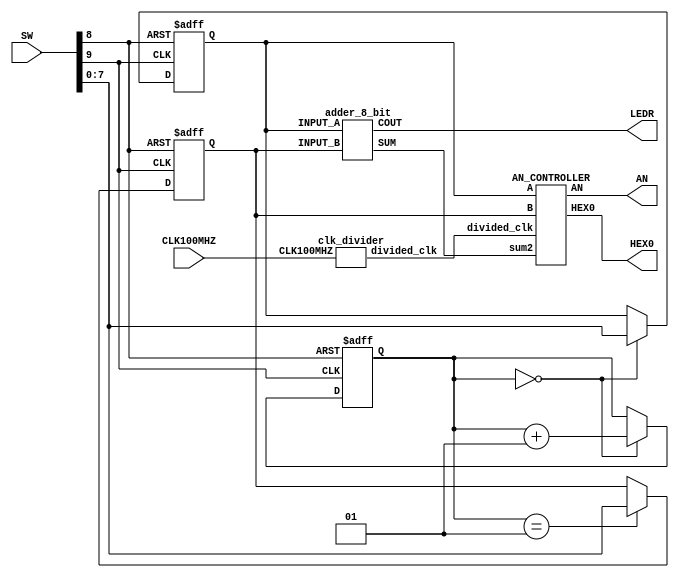
`timescale 1ns / 1ps

module Lab3_Part5_2(SW,CLK100MHZ,LEDR, HEX0, AN);
    input [9:0] SW;
    input CLK100MHZ;
    output LEDR;
    output [0:6] HEX0;
    output [7:0] AN;
    
    wire CLK;
    wire reset;
    wire [7:0] SUM;
    wire COUT;
    reg [7:0] INPUT_Q;
    reg [7:0]  INPUT_A,INPUT_B;
    wire [7:0] A ,B,sum2 ;
    wire [0:6] HEX0;
    wire [7:0] AN;
    wire divided_clk;
   
    integer cnt = 0;
    
    assign CLK = SW[9];
    assign reset = SW[8];
   
    always @(posedge CLK or negedge reset) 
    begin 
        if(!reset) begin
        INPUT_A <= 8'b00000000;
        INPUT_B <= 8'b00000000;
        cnt <= 0;
        end 
        else
        begin 
            if(cnt == 0 ) begin
                INPUT_A <= SW[7:0];  //A
                cnt <= cnt + 1 ;  end
                INPUT_Q <= INPUT_A;
            if (cnt == 1 ) begin
                INPUT_B <= SW[7:0]; //B 
                INPUT_Q <= INPUT_B;
                end
        end 
    end 
    
    assign A = INPUT_A;
    assign B = INPUT_B;
    
    clk_divider module1 (CLK100MHZ,divided_clk );
    adder_8_bit module2(INPUT_A,INPUT_B,SUM,COUT);
    assign sum2 = SUM;
    AN_CONTROLLER module3 (divided_clk,A,B,sum2,HEX0,AN);
    assign LEDR = COUT;
endmodule

module adder_8_bit(INPUT_A,INPUT_B,SUM, COUT);
    input [7:0] INPUT_A;
    input [7:0] INPUT_B ;
    output [7:0] SUM;
    output COUT ;
    
    wire OUT0,OUT1,OUT2,OUT3,OUT4,OUT5,OUT6,OUT7;
    wire CIN,COUT0,COUT1,COUT2,COUT3,COUT4,COUT5,COUT6;
       
   assign CIN = 1'b0;
   
    assign OUT0 = (INPUT_A[0] ^ INPUT_B[0])^ CIN;
    assign COUT0 = (INPUT_A[0] && INPUT_B[0]) || ((INPUT_A[0] ^ INPUT_B[0]) && CIN);
    assign OUT1 = (INPUT_A[1] ^ INPUT_B[1])^ COUT0;
    assign COUT1 = (INPUT_A[1] && INPUT_B[1]) || ((INPUT_A[1] ^ INPUT_B[1]) && COUT0);
    assign OUT2 = (INPUT_A[2] ^ INPUT_B[2])^ COUT1;
    assign COUT2 = (INPUT_A[2] && INPUT_B[2]) || ((INPUT_A[2] ^ INPUT_B[2]) && COUT1);
    assign OUT3 = (INPUT_A[3] ^INPUT_B[3])^ COUT2;
    assign COUT3 = (INPUT_A[3] && INPUT_B[3]) || ((INPUT_A[3] ^ INPUT_B[3]) && COUT2);
    assign OUT4 = (INPUT_A[4] ^ INPUT_B[4] ^ COUT3);
    assign COUT4 = (INPUT_A[4] && INPUT_B[4]) || ((INPUT_A[4] ^INPUT_B[4])&& COUT3);
    assign OUT5 = (INPUT_A[5] ^ INPUT_B[5])^ COUT4;
    assign COUT5 = (INPUT_A[5] && INPUT_B[5]) || ((INPUT_A[5] ^ INPUT_B[5]) && COUT4);
    assign OUT6 = (INPUT_A[6] ^ INPUT_B[6])^ COUT5;
    assign COUT6 = (INPUT_A[6] && INPUT_B[6]) || ((INPUT_A[6] ^ INPUT_B[6]) && COUT5);
    assign OUT7 = (INPUT_A[7] ^ INPUT_B[7])^ COUT6;
    assign COUT = (INPUT_A[7] && INPUT_B[7]) || ((INPUT_A[7] ^ INPUT_B[7]) && COUT6);      
          
    assign SUM[0]= OUT0;
    assign SUM[1]= OUT1;
    assign SUM[2]= OUT2;
    assign SUM[3]= OUT3;
    assign SUM[4]= OUT4;
    assign SUM[5]= OUT5;
    assign SUM[6]= OUT6;
    assign SUM[7]= OUT7;
endmodule 

module AN_CONTROLLER (divided_clk,A,B,sum2, HEX0,AN );
    input divided_clk;
    input [7:0] A;
    input [7:0] B;
    input [7:0] sum2;
    output [0:6] HEX0;
    output [7:0] AN ; 
    
    reg [7:0] ANN;
    reg [0:6]HEXX;
    reg [2:0] COUNT = 3'b000 ;
    
    wire [3:0] A_PART1 ,A_PART2,B_PART1,B_PART2,SUM_PART1,SUM_PART2;
    
    assign A_PART1 = A[7:4] ;
    assign A_PART2 = A[3:0] ;
    assign B_PART1 = B[7:4] ;
    assign B_PART2 = B[3:0] ;
    assign SUM_PART1 = sum2[7:4] ;
    assign SUM_PART2 = sum2[3:0] ;

    always @ ( posedge divided_clk) begin
            if(COUNT  == 3'b000) begin 
            ANN <= 8'b11011111;
            HEXX = (A_PART1 == 4'b0000) ? 7'b0000001:
                  (A_PART1 == 4'b0001) ? 7'b1001111:
                  (A_PART1 == 4'b0010) ? 7'b0010010:
                  (A_PART1 == 4'b0011) ? 7'b0000110:
                  (A_PART1 == 4'b0100) ? 7'b1001100:
                  (A_PART1 == 4'b0101) ? 7'b0100100:
                  (A_PART1 == 4'b0110) ? 7'b0100000:
                  (A_PART1 == 4'b0111) ? 7'b0001111:
                  (A_PART1 == 4'b1000) ? 7'b0000000:
                  (A_PART1 == 4'b1001) ?  7'b0000100:
                  (A_PART1 == 4'b1010) ? 7'b0001000: //10 A
                  (A_PART1 == 4'b1011) ? 7'b1100000: //11 d
                  (A_PART1 == 4'b1100) ? 7'b0110001:  //12 C
                  (A_PART1 == 4'b1101) ? 7'b1000010:  //13 d
                  (A_PART1 == 4'b1110) ? 7'b0110000:  //14 E
                 (A_PART1 == 4'b1111) ? 7'b0111000:  //15 F
                  7'bX; end   
       if(COUNT == 3'b001) begin 
       ANN <= 8'b11101111;
       HEXX = (A_PART2 == 4'b0000) ? 7'b0000001:
              (A_PART2 == 4'b0001) ? 7'b1001111:
              (A_PART2 == 4'b0010) ? 7'b0010010:
              (A_PART2 == 4'b0011) ? 7'b0000110:
              (A_PART2 == 4'b0100) ? 7'b1001100:
              (A_PART2 == 4'b0101) ? 7'b0100100:
             (A_PART2 == 4'b0110) ? 7'b0100000:
             (A_PART2 == 4'b0111) ? 7'b0001111: 
              (A_PART2 == 4'b1000) ? 7'b0000000:
              (A_PART2 == 4'b1001) ?  7'b0000100: 
              (A_PART2 == 4'b1010) ? 7'b0001000: //10 A
               (A_PART2 == 4'b1011) ? 7'b1100000: //11 d
               (A_PART2 == 4'b1100) ? 7'b0110001:  //12 C
               (A_PART2 == 4'b1101) ? 7'b1000010:  //13 d
               (A_PART2== 4'b1110) ? 7'b0110000:  //14 E
               (A_PART2 == 4'b1111) ? 7'b0111000:  //15 F
              7'bX;  end                       
       if(COUNT == 3'b010) begin 
        ANN <= 8'b11110111;
        HEXX = (B_PART1  == 4'b0000) ? 7'b0000001:
               (B_PART1  == 4'b0001) ? 7'b1001111:
               (B_PART1  == 4'b0010) ? 7'b0010010:
               (B_PART1  == 4'b0011) ? 7'b0000110:
               (B_PART1  == 4'b0100) ? 7'b1001100:
               (B_PART1  == 4'b0101) ? 7'b0100100:
               (B_PART1  == 4'b0110) ? 7'b0100000:
               (B_PART1  == 4'b0111) ? 7'b0001111: 
               (B_PART1  == 4'b1000) ? 7'b0000000:
               (B_PART1  == 4'b1001) ?  7'b0000100: 
               (B_PART1  == 4'b1010) ? 7'b0001000: //10 A
               (B_PART1  == 4'b1011) ? 7'b1100000: //11 d
               (B_PART1  == 4'b1100) ? 7'b0110001:  //12 C
               (B_PART1  == 4'b1101) ? 7'b1000010:  //13 d
               (B_PART1 == 4'b1110) ? 7'b0110000:  //14 E
               (B_PART1  == 4'b1111) ? 7'b0111000:  //15 F
                7'bX; end                                              
       if(COUNT == 3'b011) begin 
         ANN <= 8'b11111011;
         HEXX = (B_PART2  == 4'b0000) ? 7'b0000001:
                (B_PART2   == 4'b0001) ? 7'b1001111:
                (B_PART2   == 4'b0010) ? 7'b0010010:
                (B_PART2    == 4'b0011) ? 7'b0000110:
                (B_PART2    == 4'b0100) ? 7'b1001100:
                (B_PART2    == 4'b0101) ? 7'b0100100:
                (B_PART2    == 4'b0110) ? 7'b0100000:
                (B_PART2    == 4'b0111) ? 7'b0001111: 
                (B_PART2    == 4'b1000) ? 7'b0000000:
                (B_PART2    == 4'b1001) ?  7'b0000100: 
                (B_PART2    == 4'b1010) ? 7'b0001000: //10 A
                (B_PART2    == 4'b1011) ? 7'b1100000: //11 d
                (B_PART2   == 4'b1100) ? 7'b0110001:  //12 C
                (B_PART2    == 4'b1101) ? 7'b1000010:  //13 d
                (B_PART2  == 4'b1110) ? 7'b0110000:  //14 E
                (B_PART2    == 4'b1111) ? 7'b0111000:  //15 F
               7'bX; end                                                   
       if(COUNT == 3'b100) begin 
          ANN <= 8'b11111101;
          HEXX = (SUM_PART1  == 4'b0000) ? 7'b0000001:
                  (SUM_PART1   == 4'b0001) ? 7'b1001111:
                  (SUM_PART1   == 4'b0010) ? 7'b0010010:
                  (SUM_PART1     == 4'b0011) ? 7'b0000110:
                  (SUM_PART1     == 4'b0100) ? 7'b1001100:
                  (SUM_PART1     == 4'b0101) ? 7'b0100100:
                  (SUM_PART1    == 4'b0110) ? 7'b0100000:
                  (SUM_PART1    == 4'b0111) ? 7'b0001111: 
                  (SUM_PART1     == 4'b1000) ? 7'b0000000:
                  (SUM_PART1     == 4'b1001) ?  7'b0000100: 
                   (SUM_PART1     == 4'b1010) ? 7'b0001000: //10 A
                   (SUM_PART1     == 4'b1011) ? 7'b1100000: //11 d
                   (SUM_PART1    == 4'b1100) ? 7'b0110001:  //12 C
                   (SUM_PART1    == 4'b1101) ? 7'b1000010:  //13 d
                   (SUM_PART1   == 4'b1110) ? 7'b0110000:  //14 E
                   (SUM_PART1   == 4'b1111) ? 7'b0111000:  //15 F
                    7'bX; end          
        if(COUNT == 3'b101) begin 
        ANN <= 8'b11111110;
        HEXX = (SUM_PART2  == 4'b0000) ? 7'b0000001:
                (SUM_PART2  == 4'b0001) ? 7'b1001111:
                (SUM_PART2   == 4'b0010) ? 7'b0010010:
                (SUM_PART2     == 4'b0011) ? 7'b0000110:
                 (SUM_PART2    == 4'b0100) ? 7'b1001100:
                 (SUM_PART2     == 4'b0101) ? 7'b0100100:
                 (SUM_PART2    == 4'b0110) ? 7'b0100000:
                 (SUM_PART2    == 4'b0111) ? 7'b0001111: 
                 (SUM_PART2    == 4'b1000) ? 7'b0000000:
                 (SUM_PART2    == 4'b1001) ?  7'b0000100: 
                  (SUM_PART2    == 4'b1010) ? 7'b0001000: //10 A
                  (SUM_PART2    == 4'b1011) ? 7'b1100000: //11 d
                   (SUM_PART2   == 4'b1100) ? 7'b0110001:  //12 C
                   (SUM_PART2   == 4'b1101) ? 7'b1000010:  //13 d
                    (SUM_PART2   == 4'b1110) ? 7'b0110000:  //14 E
                   (SUM_PART2  == 4'b1111) ? 7'b0111000:  //15 F
                   7'bX;  end  
            COUNT <= COUNT +1;   
        end
        assign AN = ANN; 
        assign HEX0  = HEXX ; 
endmodule 


module clk_divider(
    input wire CLK100MHZ,
    output reg divided_clk = 0  );

    integer counter_value = 0 ; 
    localparam div_value = 10000;
    
    always@ (posedge CLK100MHZ)
    begin 
        if (counter_value == div_value) 
            counter_value <= 0 ; 
        else 
            counter_value <= counter_value +1 ;   
    end 
    
    always@ (posedge CLK100MHZ) 
    begin 
        if (counter_value == div_value) 
            divided_clk  <= ~divided_clk;
            
        else 
            divided_clk  <= divided_clk;
    end 
    

endmodule